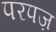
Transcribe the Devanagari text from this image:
परपज़